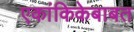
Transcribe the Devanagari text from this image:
एकांकिकेबाबत